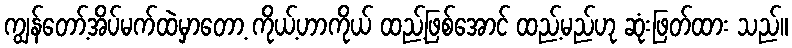
ကျွန်တော့်အိပ်မက်ထဲမှာတော့ ကိုယ့်ဟာကိုယ် ထည့်ဖြစ်အောင် ထည့်မည်ဟု ဆုံးဖြတ်ထား သည်။